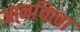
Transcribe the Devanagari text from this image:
आनयित्वा